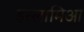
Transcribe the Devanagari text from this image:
इस्लामिआ